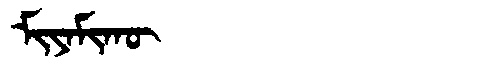
Manchu: ᠮᡳᠶᠠᠮᡳᡴᡡ
Romanization: MIYAMIKŪ